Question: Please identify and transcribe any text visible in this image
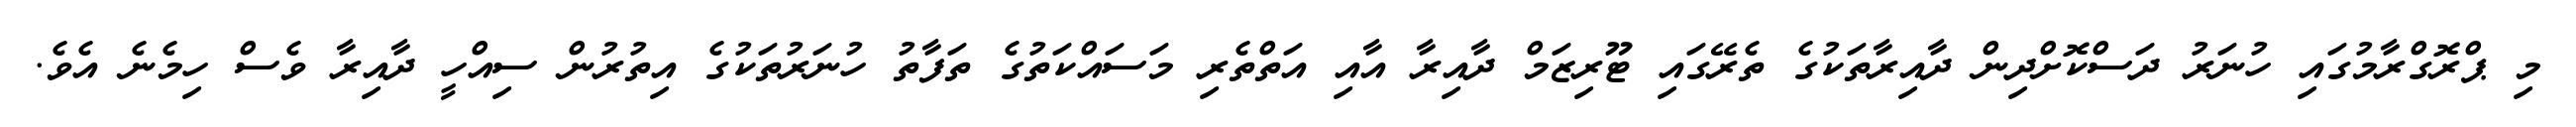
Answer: މި ޕްރޮގްރާމުގައި ހުނަރު ދަސްކޮށްދިން ދާއިރާތަކުގެ ތެރޭގައި ޓޫރިޒަމް ދާއިރާ އާއި އަތްތެރި މަސައްކަތުގެ ތަފާތު ހުނަރުތަކުގެ އިތުރުން ސިއްހީ ދާއިރާ ވެސް ހިމެނެ އެވެ.